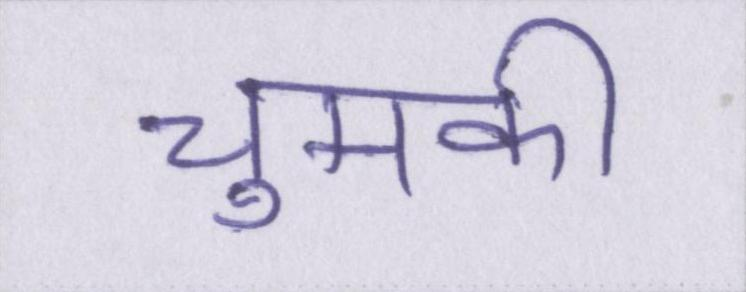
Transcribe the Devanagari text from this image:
चुमकी